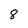
Character: 8